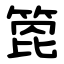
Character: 箆